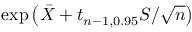
\exp { \left( { \bar { X } } + t _ { n - 1 , 0 . 9 5 } S / { \sqrt { n } } \right) }